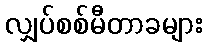
လျှပ်စစ်မီတာခများ